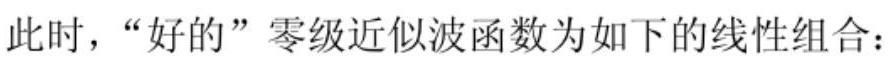
此时，“好的”零级近似波函数为如下的线性组合：